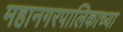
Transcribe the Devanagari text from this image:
महानगरपालिकाच्या